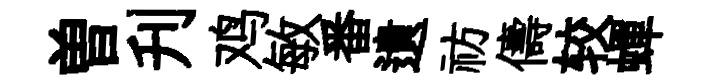
曽刋鸡敏番遺祊儔较蟬